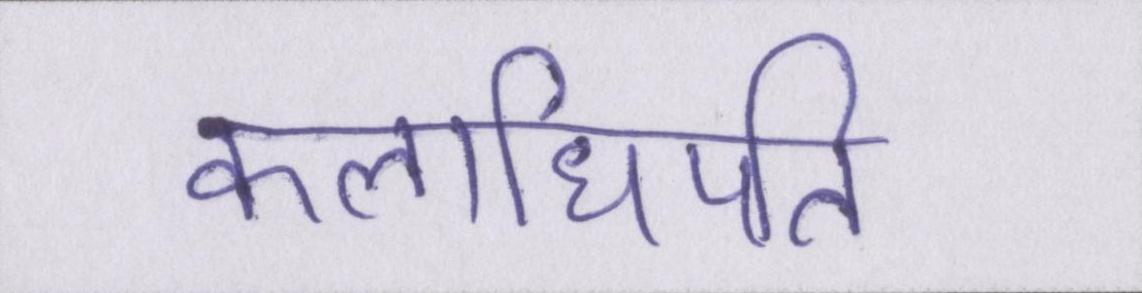
कलाधिपति